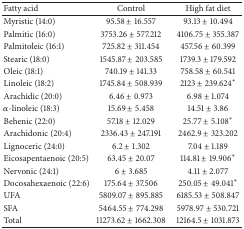
| Fatty acid | Control | High fat diet |
 | --- | --- | --- |
 | Myristic (14:0) | 95.58 ± 16.557 | 93.13 ± 10.494 |
 | Palmitic (16:0) | 3753.26 ± 577.212 | 4106.75 ± 355.387 |
 | Palmitoleic (16:1) | 725.82 ± 311.454 | 457.56 ± 60.399 |
 | Stearic (18:0) | 1545.87 ± 203.585 | 1739.3 ± 179.592 |
 | Oleic (18:1) | 740.19 ± 141.33 | 758.58 ± 60.541 |
 | Linoleic (18:2) | 1745.84 ± 508.939 | 2123 ± 239.624∗ |
 | Arachidic (20:0) | 6.46 ± 0.973 | 6.98 ± 1.074 |
 | α-linoleic (18:3) | 15.69 ± 5.458 | 14.51 ± 3.86 |
 | Behenic (22:0) | 57.18 ± 12.029 | 25.77 ± 5.108∗ |
 | Arachidonic (20:4) | 2336.43 ± 247.191 | 2462.9 ± 323.202 |
 | Lignoceric (24:0) | 6.2 ± 1.302 | 7.04 ± 1.189 |
 | Eicosapentaenoic (20:5) | 63.45 ± 20.07 | 114.81 ± 19.906∗ |
 | Nervonic (24:1) | 6 ± 3.685 | 4.11 ± 2.077 |
 | Docosahexaenoic (22:6) | 175.64 ± 37.506 | 250.05 ± 49.041∗ |
 | UFA | 5809.07 ± 895.885 | 6185.53 ± 508.847 |
 | SFA | 5464.55 ± 774.298 | 5978.97 ± 530.721 |
 | Total | 11273.62 ± 1662.308 | 12164.5 ± 1031.873 |